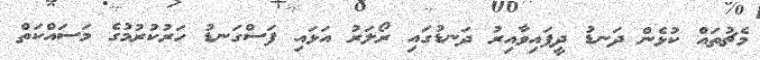
މެޗުތައް ކުޅެން ދަނޑު ދީފައިވާއިރު ދަނޑުގައި ރޯލަރު އަޅައި ފަސްގަނޑު ހަރުކުރުމުގެ މަސައްކަތް